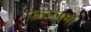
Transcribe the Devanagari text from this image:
फ़ाय्लमों